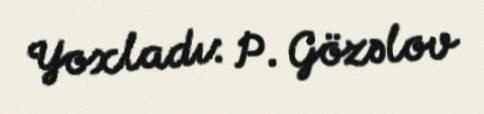
Yoxladı: P. Gözəlov